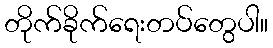
တိုက်ခိုက်ရေးတပ်တွေပါ။